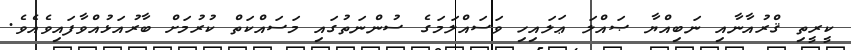
ކީރީތި ޤްރުއާނާއި ނަބިއްޔާ ޞައްލަ ޢަލައިހި ވަސައްލަމަގެ ސުންނަތުގައި މަސައްކަތް ކުރުމަށް ބާރުއަޅުއްވާފައިވެއެވެ.